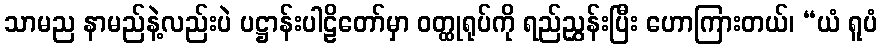
သာမည နာမည်နဲ့လည်းပဲ ပဋ္ဌာန်းပါဠိတော်မှာ ဝတ္ထုရုပ်ကို ရည်ညွှန်းပြီး ဟောကြားတယ်၊ “ယံ ရူပံ